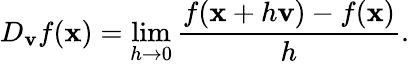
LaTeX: D_{\mathbf{v}}{f}(\mathbf{x})=\operatorname*{lim}_{h\rightarrow 0}{\frac{f(\mathbf{x}+h\mathbf{v})-f(\mathbf{x})}{h}}.